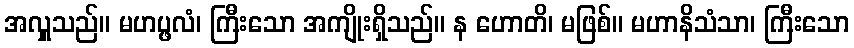
အလှူသည်။ မဟပ္ဖလံ၊ ကြီးသော အကျိုးရှိသည်။ န ဟောတိ၊ မဖြစ်။ မဟာနိသံသာ၊ ကြီးသော